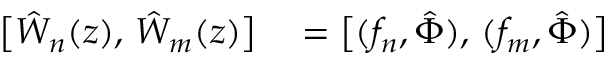
\begin{array} { r l } { \bigl [ \hat { W } _ { n } ( z ) , \, \hat { W } _ { m } ( z ) \bigr ] } & { { } = \bigl [ ( f _ { n } , \hat { \Phi } ) , \, ( f _ { m } , \hat { \Phi } ) \bigr ] } \end{array}